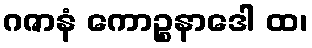
ဂဇာနံ ကောဉ္စနာဒေါ ထ၊